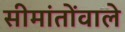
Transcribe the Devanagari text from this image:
सीमांतोंवाले